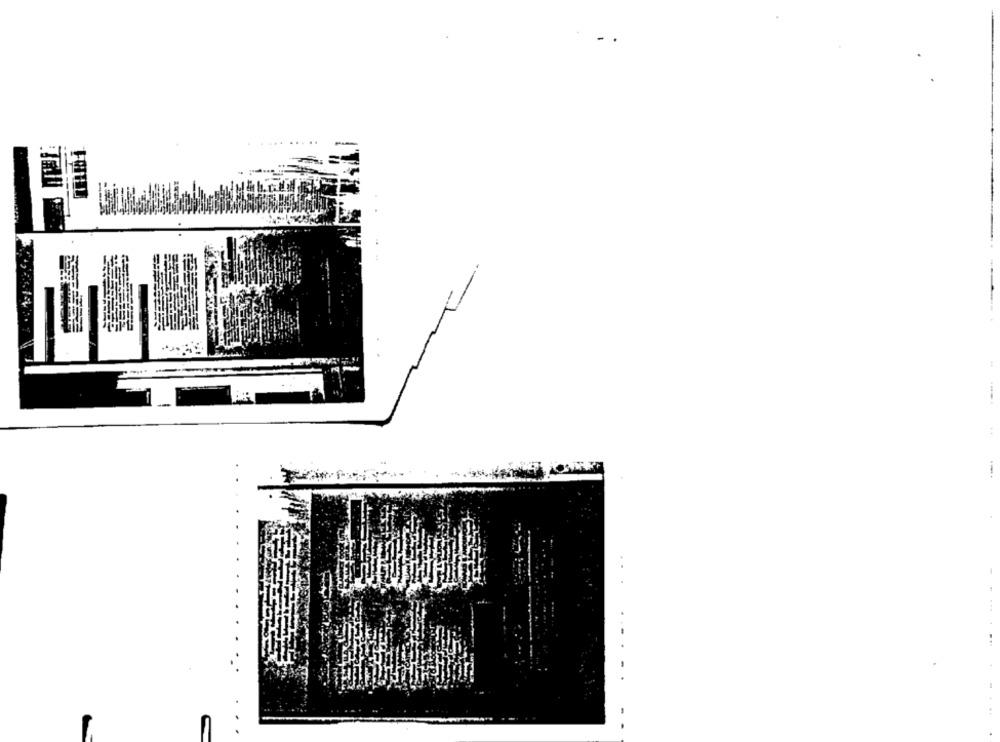
..